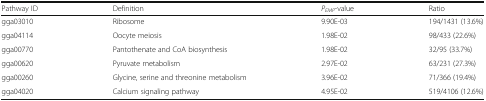
<table><thead><tr><td><b>Pathway ID</b></td><td><b>Definition</b></td><td><b><i>P</i><sub><i>EMP</i></sub>-value</b></td><td><b>Ratio</b></td></tr></thead><tbody><tr><td>gga03010</td><td>Ribosome</td><td>9.90E-03</td><td>194/1431 (13.6%)</td></tr><tr><td>gga04114</td><td>Oocyte meiosis</td><td>1.98E-02</td><td>98/433 (22.6%)</td></tr><tr><td>gga00770</td><td>Pantothenate and CoA biosynthesis</td><td>1.98E-02</td><td>32/95 (33.7%)</td></tr><tr><td>gga00620</td><td>Pyruvate metabolism</td><td>2.97E-02</td><td>63/231 (27.3%)</td></tr><tr><td>gga00260</td><td>Glycine, serine and threonine metabolism</td><td>3.96E-02</td><td>71/366 (19.4%)</td></tr><tr><td>gga04020</td><td>Calcium signaling pathway</td><td>4.95E-02</td><td>519/4106 (12.6%)</td></tr></tbody></table>